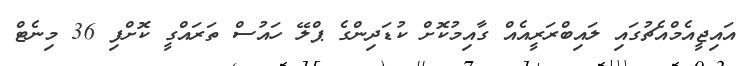
އައިޖީއެމްއެޗުގައި ލައިބްރަރީއެއް ގާއިމުކޮށް ކުޑަދިންގެ ޕްލޭ ހައުސް ތަރައްގީ ކޮށްފި 36 މިނެޓް